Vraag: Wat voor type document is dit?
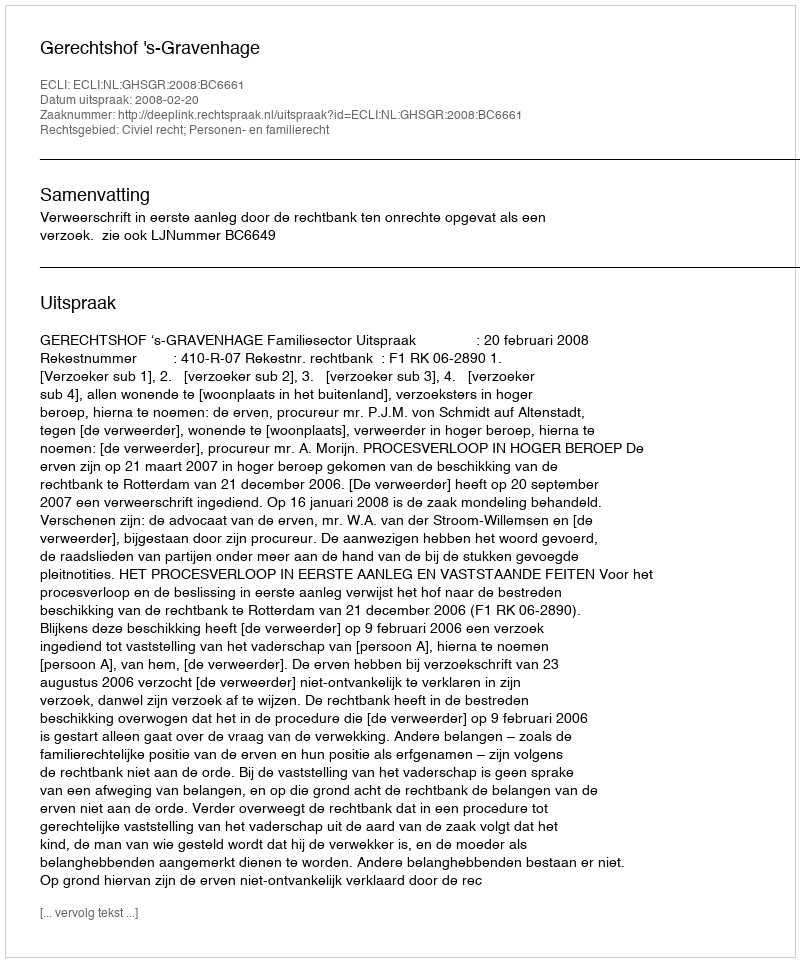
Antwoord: Uitspraak